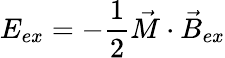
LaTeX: E_{ex}=-\frac{1}{2}\vec{M}\cdot\vec{B}_{ex}